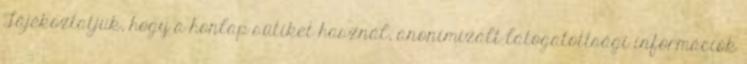
Tájékoztatjuk, hogy a honlap sütiket használ, anonimizált látogatottsági információk